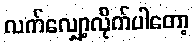
လက်လျှော့လိုက်ပါတော့